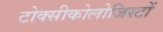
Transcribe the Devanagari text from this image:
टोक्सीकोलोजिस्टों